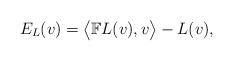
\begin{gather*} E _L (v) = \bigl\langle \mathbb{F} L (v) , v \bigr\rangle - L (v) ,\end{gather*}